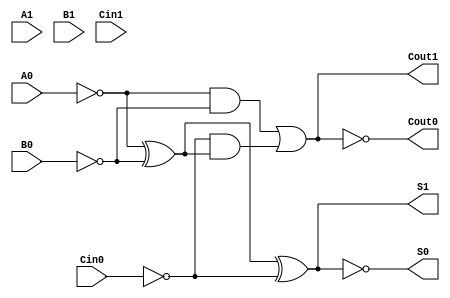
module dual_rail_full_adder (
    input wire A1, A0,    // Dual-rail representation of input A
    input wire B1, B0,    // Dual-rail representation of input B
    input wire Cin1, Cin0, // Dual-rail representation of carry input Cin
    output wire S1, S0,   // Dual-rail representation of sum output S
    output wire Cout1, Cout0 // Dual-rail representation of carry output Cout
);

    // Intermediate signals for A, B, and Cin
    wire A = ~A0; // A is 1 when A0 is 0
    wire B = ~B0; // B is 1 when B0 is 0
    wire Cin = ~Cin0; // Cin is 1 when Cin0 is 0

    // Sum logic: S = A XOR B XOR Cin
    wire sum_ab = A ^ B; // A XOR B
    wire sum = sum_ab ^ Cin; // (A XOR B) XOR Cin

    // Carry logic: Cout = (A AND B) OR (Cin AND (A XOR B))
    wire carry_ab = A & B; // A AND B
    wire carry_cin = Cin & sum_ab; // Cin AND (A XOR B)
    wire carry = carry_ab | carry_cin; // Carry output

    // Dual-rail encoding for sum output
    assign S1 = sum; // S1 is true when sum is 1
    assign S0 = ~S1; // S0 is true when sum is 0

    // Dual-rail encoding for carry output
    assign Cout1 = carry; // Cout1 is true when carry is 1
    assign Cout0 = ~Cout1; // Cout0 is true when carry is 0

endmodule